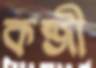
কব্জী